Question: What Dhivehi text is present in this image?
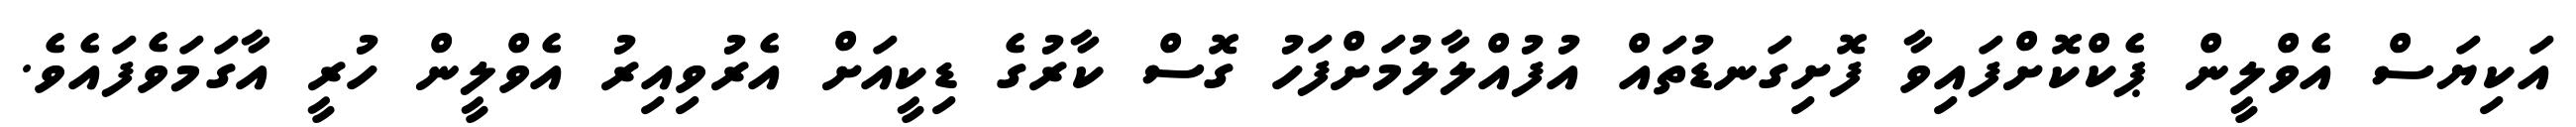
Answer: އަކިޔަސް އެވްލީން ޕެކްކޮށްފައިވާ ފޮށިގަނޑުތައް އުފުއްލާލުމަށްފަހު ގޮސް ކާރުގެ ޑިކީއަށް އެރުވިއިރު އެވްލީން ހުރީ އާގަމަވެފައެވެ.